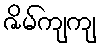
ဇိမ်ကျကျ